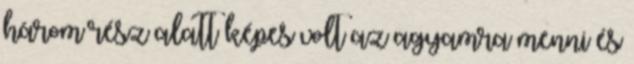
három rész alatt képes volt az agyamra menni és